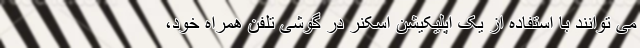
می توانند با استفاده از یک اپلیکیشن اسکنر در گوشی تلفن همراه خود،